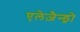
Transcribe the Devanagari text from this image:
एलेज़ैन्ड्रो